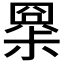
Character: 𡮧